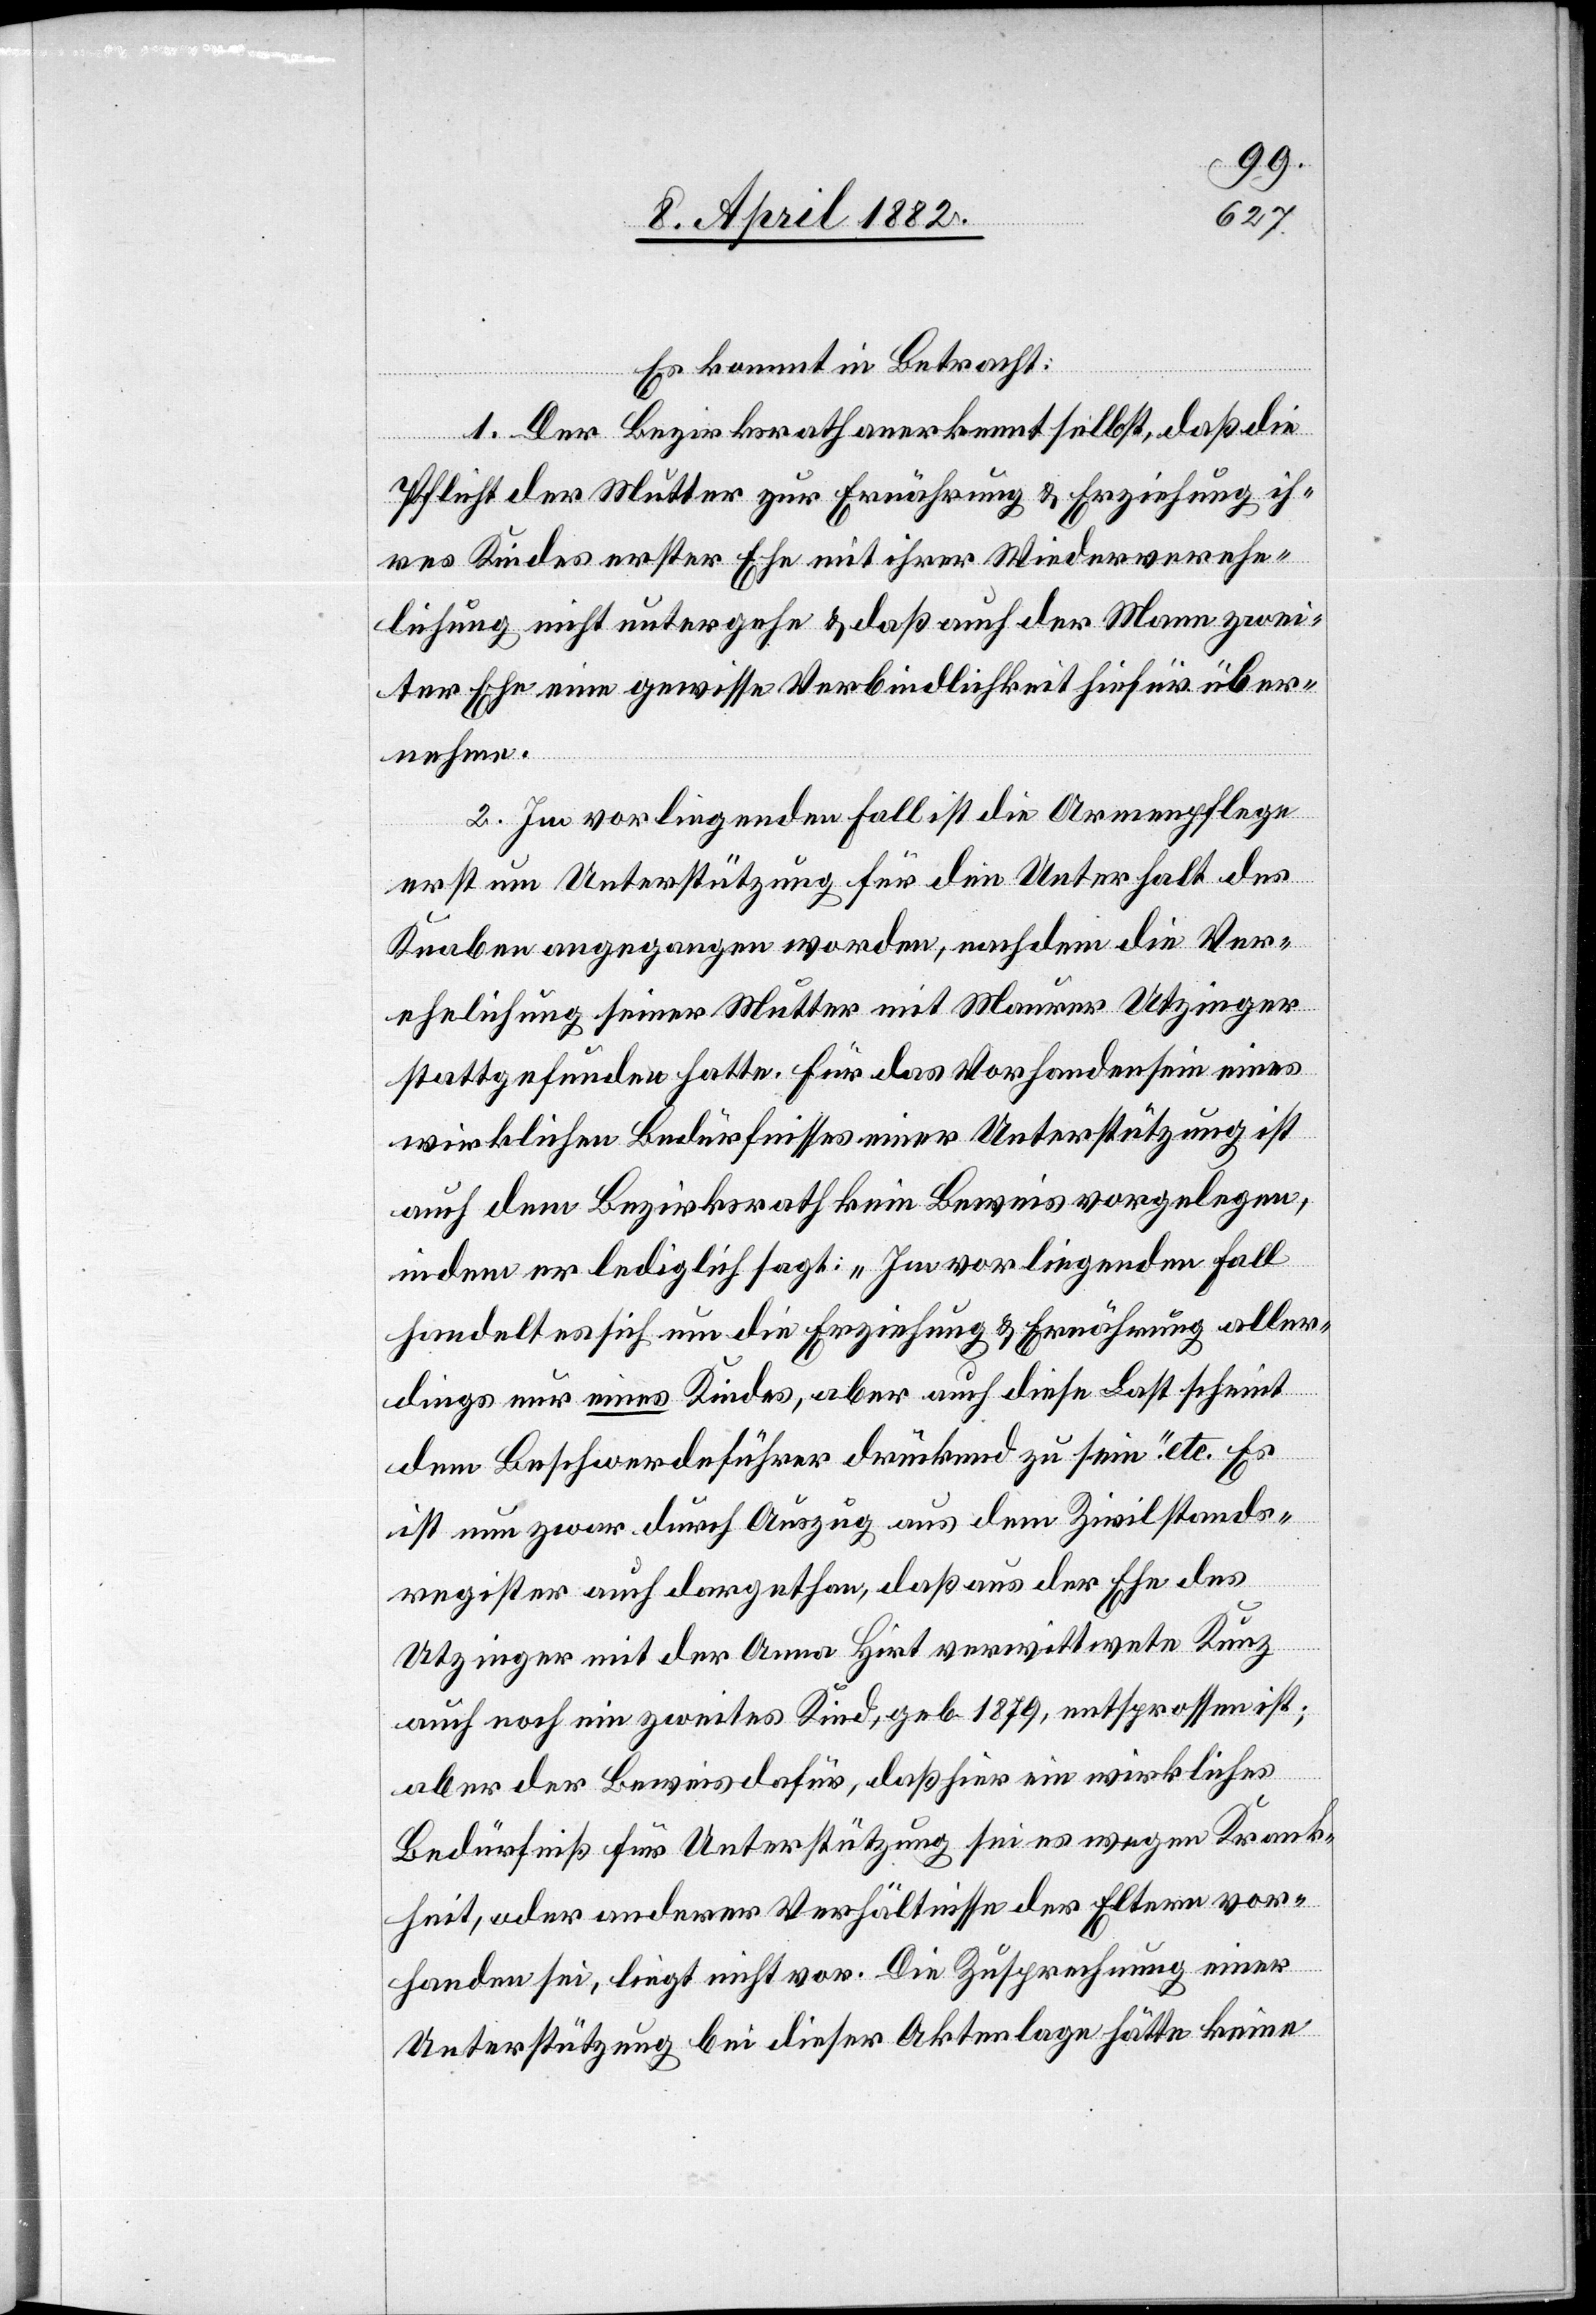
Es kommt in Betracht:
1. Der Bezirksrath anerkennt selbst, daß die
Pflicht der Mutter zur Ernährung & Erziehung ih¬
res Kindes erster Ehe mit ihrer Wiederverehe¬
lichung nicht untergehe & daß auch der Mann zwei¬
ter Ehe eine gewisse Verbindlichkeit hiefür über¬
nehme.
2. Im vorliegenden Fall ist die Armenpflege
erst um Unterstützung für den Unterhalt des
Knaben angegangen worden, nachdem die Ver¬
ehelichung seiner Mutter mit Maurer Utzinger
stattgefunden hatte. Für das Vorhandensein eines
wirklichen Bedürfnisses einer Unterstützung ist
auch dem Bezirksrath kein Beweis vorgelegen,
indem er lediglich sagt: „Im vorliegenden Fall
handelt es sich um die Erziehung & Ernährung aller¬
dings nur eines Kindes, aber auch diese Last scheint
dem Beschwerdeführer drückend zu sein“ etc. Es
ist nun zwar durch Auszug aus dem Zivilstands¬
register auch dargethan, daß aus der Ehe des
Utzinger mit der Anna Hirt verwittwete Kunz
auch noch ein zweites Kind, geb. 1879, entsprossen ist;
aber der Beweis dafür, daß hier ein wirkliches
Bedürfniß für Unterstützung sei es wegen Krank¬
heit, oder anderer Verhältnisse der Eltern vor¬
handen sei, liegt nicht vor. Die Zusprechung einer
Unterstützung bei dieser Aktenlage hätte keine